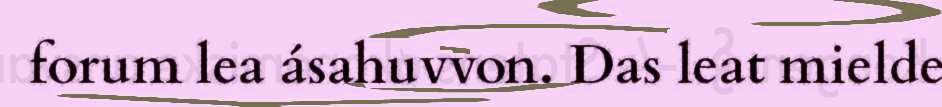
forum lea ásahuvvon. Das leat mielde